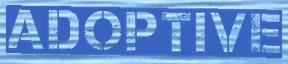
ADOPTIVE